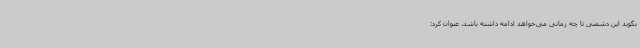
بگوید این دشمنی تا چه زمانی می‌خواهد ادامه داشته باشد، عنوان کرد: